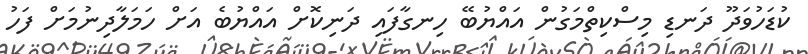
ކުޑަހުވަދޫ ދަނޑި މިސްކިތްމަގުން އައްޔުބޭ ހިނގާފައި ދަނިކޮށް އައްޔުބެ އަށް ހަމަލާދިނުމަށް ފަހު